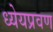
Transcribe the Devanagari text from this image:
ध्येयप्रवण